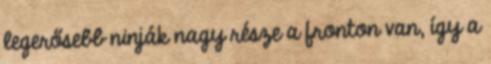
legerősebb ninják nagy része a fronton van, így a